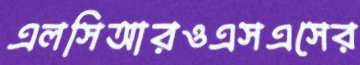
এলসিআরওএসএসের